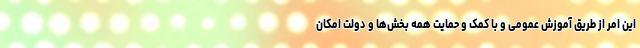
این امر از طریق آموزش عمومی و با کمک و حمایت همه بخش‌ها و دولت امکان